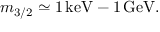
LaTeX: m _ { 3 / 2 } \simeq 1 \, \mathrm { k e V } - 1 \, \mathrm { G e V } .